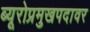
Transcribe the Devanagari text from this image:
ब्यूरोप्रमुखपदावर